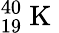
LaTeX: ^{40}_{19}\mathrm{~K~}